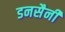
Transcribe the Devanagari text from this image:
डनसैनी